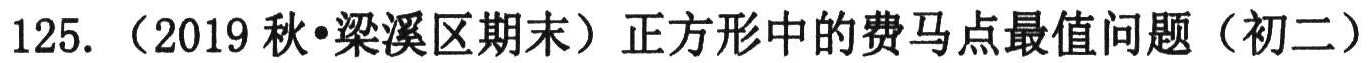
125. （2019秋•梁溪区期末）正方形中的费马点最值问题（初二）